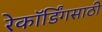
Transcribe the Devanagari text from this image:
रेकॉर्डिंगसाठी